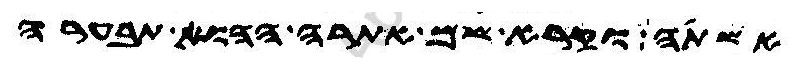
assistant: אשתה וקרא שם אתרה ההוא אבערה